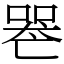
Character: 𠸶